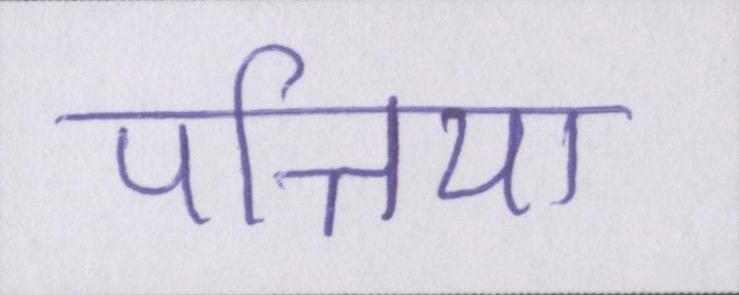
पत्तिया